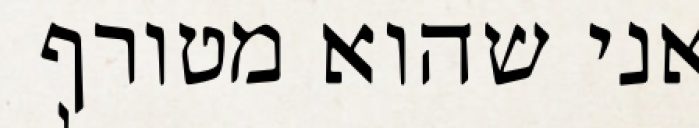
אני שהוא מטורף